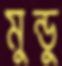
মুন্ডু